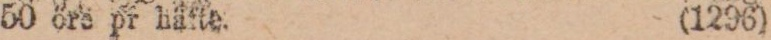
50 öre pr häfte. (1296)